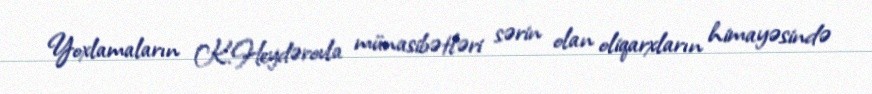
Yoxlamaların K.Heydərovla münasibətləri sərin olan oliqarxların himayəsində